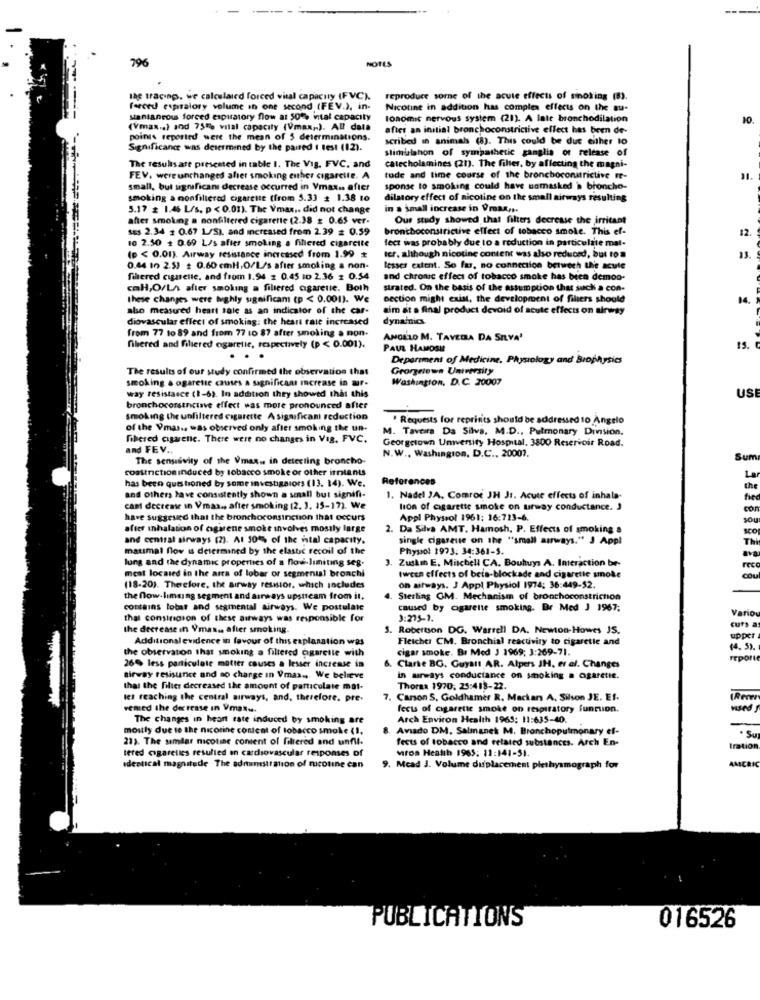
NOTES
796
the tracing. we calculaied forced vital capacity (FVC).
reproduce some of the acute effects of minoxing (8).
forced espiralory volume in one second (FEV.), in-
Nicotine in addition has complex effects on the au-
santaneous forced expuratory flow at 50% intal capacity
lonomit nervous system (21). A late bronchodilation
10
(Vmax.a) and 75% vital capacity (Vmax ,. ). All data
after an initial bronchoconstrictive effect has been de-
points reported were the mean of 5 determinations.
scribed in animals (8). This could be duc either lo
Significance was determined by the paired I test (12).
slimlalahon of sympathetic ganglia of release of
catecholamines (21). The filter, by affecting the magni-
The resultsare presented in table I. The Vig. FVC, and
FEV. were unchanged after smoking enther cigareile. A
tode and lime course of the bronchoconitrictive re-
small, but significan decrease occurred in Vmax. after
sponse to smoking could have unmasked > broncho-
smoking a nonfiltered cigarette (from 5.33 : 1.38 to
dilatory effect of nicotine on the small airways resulting
5.17 £ 1.46 L/s. p < 0.01). The Vmax .. did not change
in a small increase in Vmax ...
after smoking a nonfiltered cigarette (2.38 £ 0.65 ver-
Our study showed that filters decrease the irritant
SES 2.34 : 0.67 L/S), and increased from 2.39 = 0.59
bronchoconstrictive effect of tobacco smoke. This ef-
12
10 2.50 + 0.69 L/s after smoking a filtered cigarette
fect was probably due to a reduction in particulate mat-
(p < 0.01). Airway resistance increased from 1.99 $
ter. although nicotine content was also reduced, but tos
0.44 in 2.53 + 0.60 cmH,O/L/s after smoking a non-
lesser extent. So far, no connection berwech the acute
filtered cigarette, and from 1.94 : 0.45 to 2.36 z 0.54
and chronic effect of tobacco smoke has been demon-
cmH,O/LA after smoking a filtered cigarette. Both
strated. On the basis of the assumption that such a con-
these changes were bughly significant (p < 0.001). We
section might exist, the development of filters should
14.
abso measured heart sale as an indicator of the car-
aim at a final product devoid of acute effects on airway
diovascular effect of smoking: the heart rate increased
dynamics
from 77 to 89 and from 77 to 87 after smoking a mon.
ANGELO M. TAVEDA DA SILVA'
fibered and filtered ogaretie, respectively (p < 0.001).
PAUL HAMOSH
15.
.
Department of Medicine, Physology and Biophysics
The results of our study confirmed the observation that
Grongrown University
smoking & ogarette causes a significant Increase in ur-
Washington, D.C. 30007
USI
way resistance (1-6). In addition they showed that this
bronchocorsinciave effect was more pronounced after
smoking the unfiltered cigarette A significant reduction
Requests for reprints should be addressed to Angelo
of the Vmas ., was observed only after smoking the un-
M. Taveira Da Silva, M.D ., Pulmonary Division.
fibered cigarette. There were no changes in Vig, FVC.
Georgetown University Hospital. 3800 Reservoir Road.
and FEV ..
N.W ., Washington, D.C ., 20002.
The sensivity of the Vmax .. in detecting broncho-
Sum
constrictioninduced by tobacco smoke or other irniants
has been questioned by some investigators (13. 14). We.
References
the
and others have consistently shown a small but signifi-
1. Nadel JA. Comroc JH Jr. Acute effects of inhala-
fie
cant decrease in Vmax ., after smoking (2. 3, 15-17). We
tion of cigarette smoke on urway conductance. J
con
have suggested that the bronchoconsincuion that occurs
Appl Physiol 1961: 16:723-6.
sou
after inhalation of cigarene smoke involves mostly large
. Da Silva AMT. Hamosh. P. Effects of smoking a
ICO
and central airways (2). Al 50% of the ital capacity.
single cigareue on the "small airways." J Appl
The
maximal flow is determined by the elastic recoil of the
Physiol 1973. 34:361-9.
lung and the dynamic properties of a flow-limiting seg.
Zuskin E. Mitchell CA. Bouhuys A. Interaction be-
meat located in the area of lobar or segmental bronchi
Fec
tween effects of beis-blockade and cigarette smoke
COL
(18-20). Therefore, the airway resmior, which includes
on aitways. J Appl Physiol 1974: 36:449-52.
the flow-limaing segment and airways upstream from il.
Sterling GM. Mechanism of bronchoconstriction
contains lobat and segmental airways. We postulate
caused by cigarette smoking. Br Med J 1967;
Variou
that consingion of these airways was responsible for
3:275-1.
curs a
the decrease in Vmas. after smoking.
S. Robertson DG. Warrell DA. Newton-Howes JS.
Additional evidence in favour of this explanation was
Fletcher CM. Bronchial reactivity to cigarette and
upper
the observation that smoking a filtered ogaretle with
cigar smoke. Br Med J 1969; 3:269-71.
(4. 5).
26% less particulate matter causes a lesser increase in
reporte
6. Clarke BG. Guyatt AR. Alpers JH, et al. Changes
airway resisunce and no charge in Vmas .. We believe
in airways conductance on smoking . ogaretie.
that the filles decreased the amount of particulate mat-
Thorsa 1970: 25:418-22.
les reaching the central airways, and, therefore. pre-
Carson S. Goldhamer R. Mackan A. Silson JE. Ef.
vemed the decrease in Vmax ..
fects of cigarette smoke on respiratory function.
The changes in heart rate induced by smoking are
Arch Environ Health 1969: 11:635-40.
mostly due to the nicotine content of tobacco smoke (1,
Aviado DM, Salmanek M. Bronchopulmonary ef-
23). The similar nicotine content of filtered and unfil.
fects of tobacco and related substances. Arch En-
. Su
tered cigarettes resulted en cardiovascular responses of
Mroa Health 1965: 11:141-51.
tration
AMERIC
identical magnitude The administration of nicotine can
9. Mcad J. Volume displacement plethysmograph for
PUBLICATIONS
016526